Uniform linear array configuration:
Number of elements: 32
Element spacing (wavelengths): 0.25
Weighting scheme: blackman
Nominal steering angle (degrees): -30
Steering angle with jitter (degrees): -30.349
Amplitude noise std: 0.05
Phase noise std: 0.05

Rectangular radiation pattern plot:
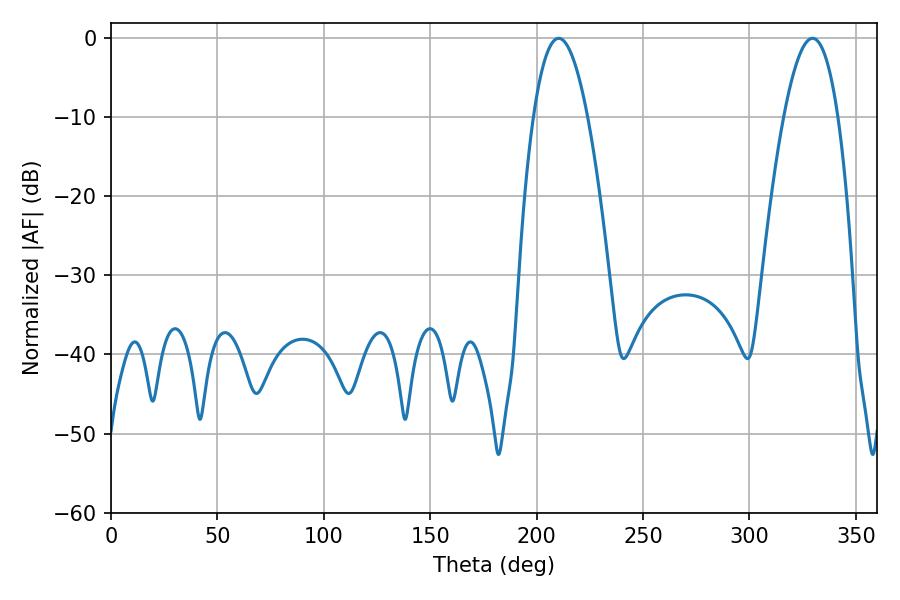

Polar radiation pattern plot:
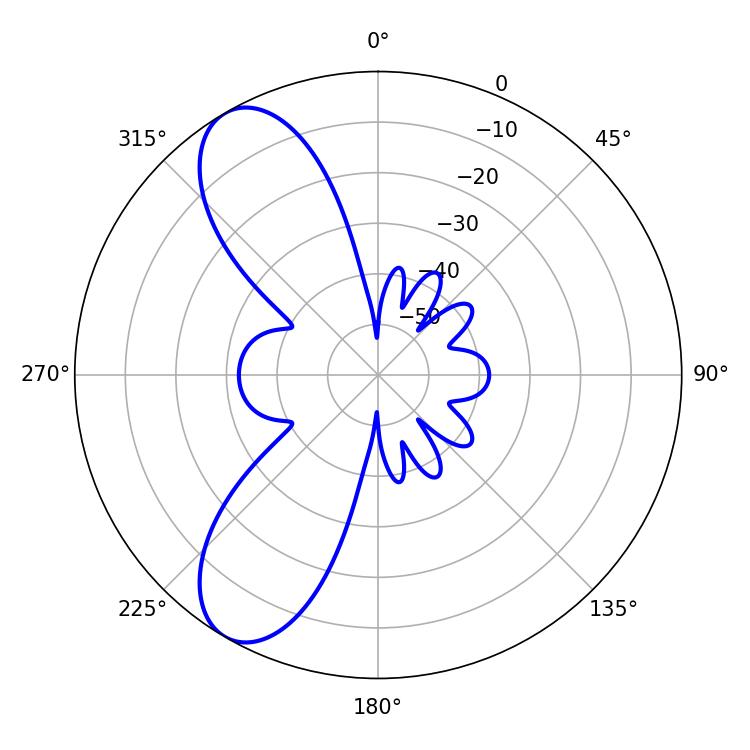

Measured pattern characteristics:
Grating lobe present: FALSE
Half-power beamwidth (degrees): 14.04
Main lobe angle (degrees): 210.42